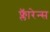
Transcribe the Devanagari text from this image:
फ्लॅारेन्स